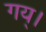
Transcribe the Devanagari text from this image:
गय्।